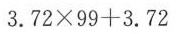
$$3 . 7 2 \times 9 9 + 3 . 7 2$$